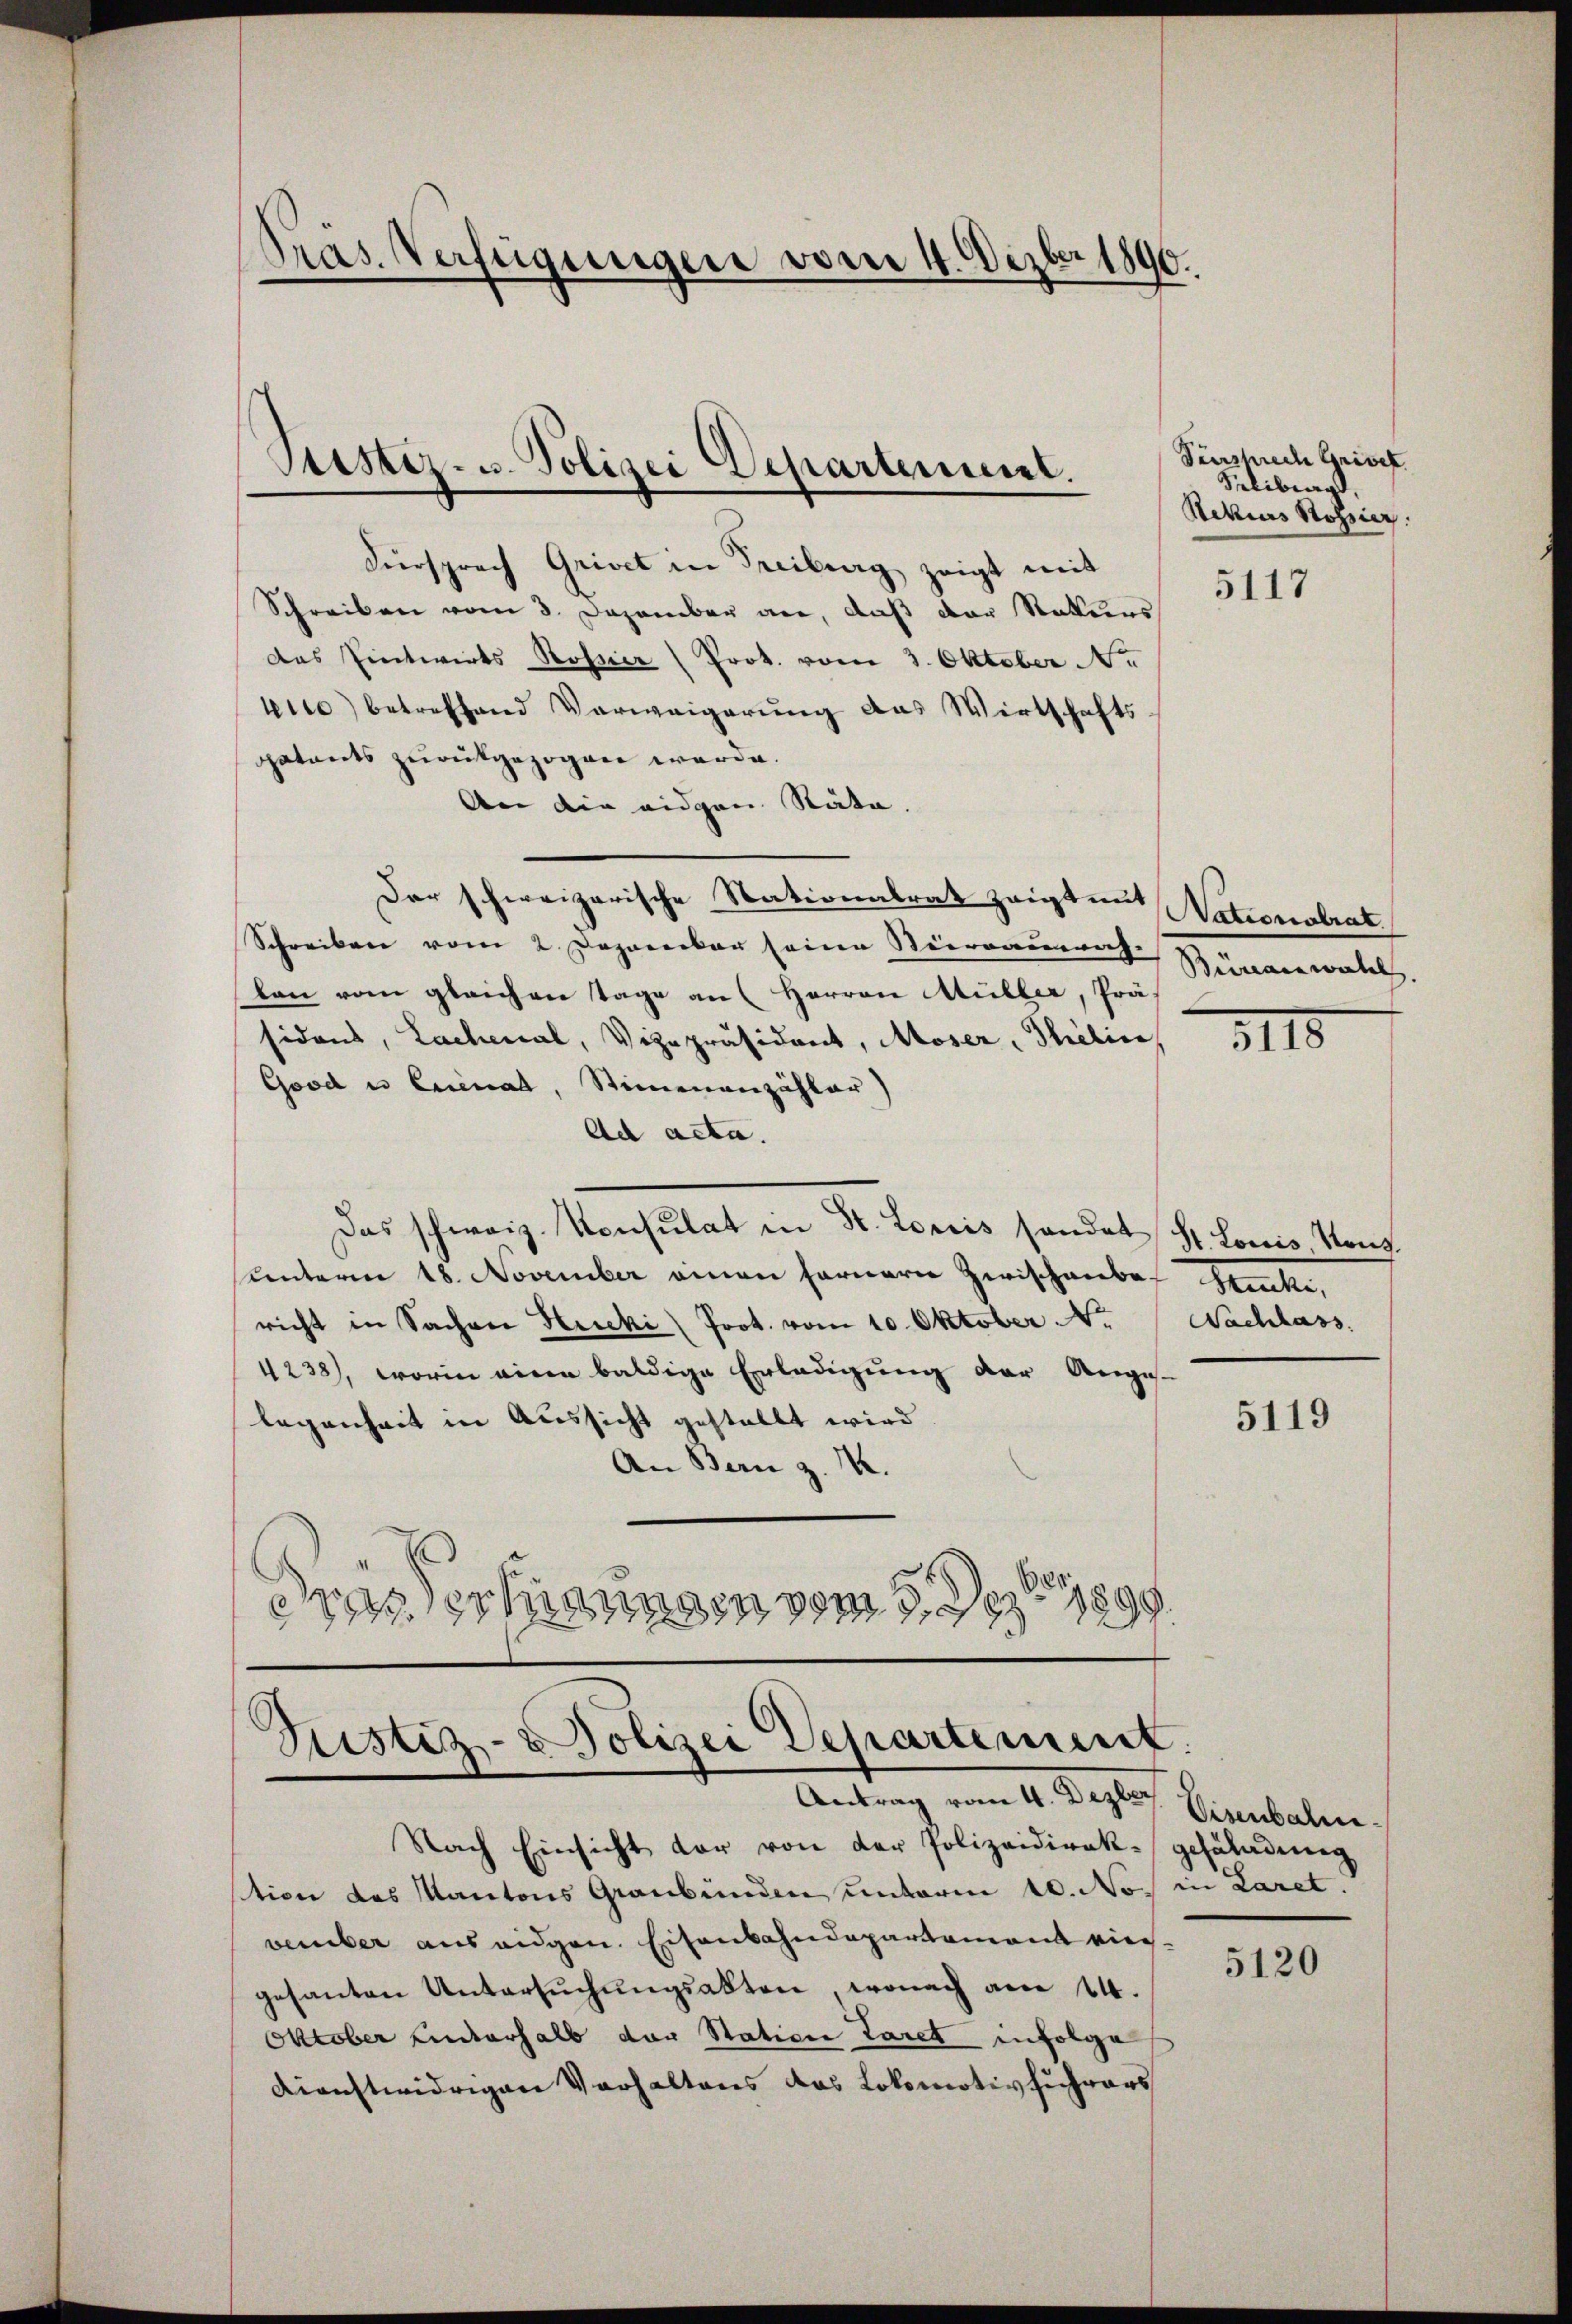
Pras. Verfügungen vom 4. Dezbr 1890.

Ptistiz- u. Polizei Departensent.

Füersprach Grivet in Freiburg zeigt mit
Schreiben vom 3. Dezember an, daß der Rekurs
das Eintwirks Rosser (Prot. vom 3. Oktober Ne
iie) betreffend Verweigerung das Wirtschafts-
patents zurückgezogen werde.
An die eidgen. Räte.
Der schweizerische Stationalrat zeigt mit
Schreiben vom 2. Deponecker seine Steirraumrah-
lan vom gleichen Tage an Herren Müller, Präs
sidens, Lachenal, Vizepräsident, Moser, Thölic
Good es Eisenat, Stimmenzähler)
Ad acta.
Das schweiz. Konsulat in St. Loriis sonder St. Louis, Kons.
unterm 18. November einen fernern Zwischenbar Stücke,
richt in Sachen Hecki Prot. vom 10. Oktober N. Nachlass
4238), worin eine baldige Erledigung der Anges-
legenheit in Aussicht gestellt wird
An Bern z. M.
duas schungen vom 5. Dez. 18
19.

¬
Sistiz- & Polizei Departement.
Antrag vom 4. Dezber

Nach Einsicht vor von der Polizeidirek-gesaladeng
stion des Kantons Graubünden unterm 10. No. in Laret.
vember aus eidgen. Eisenbahndepartement viergesanten Untersŭchŭngsakten, wonach am 14.
Oktober hinterhalb der Station Taret infolge
dienstwidrigen Verhaltens das Lokomotivhuhrars

Teersprech Grivet
Seliberg,
Sekius Rossier.

5117

Nationalrat
Büreau wahl.

115

5119

Eisenbahn¬

5120